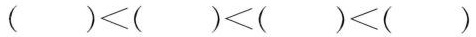
( )<( )<( )<( )